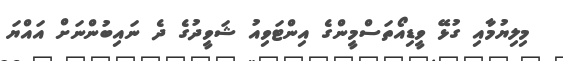
މިލިޔުމާއި ގުޅޭ ވީޑިއޯތަސްމީންގެ އިންޓަވިއު ޝަވީދުގެ ދެ ނައިބުންނަށް އައްޔަ